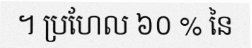
។ ប្រហែល ៦០ % នៃ